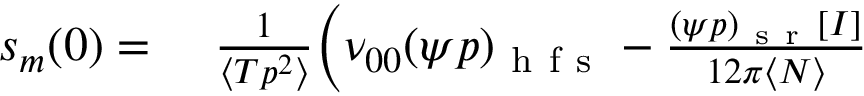
\begin{array} { r l } { s _ { m } ( 0 ) = } & { { } ~ \frac { 1 } { \langle T p ^ { 2 } \rangle } \bigg ( \nu _ { 0 0 } ( \psi p ) _ { \mathrm { ~ h ~ f ~ s ~ } } - \frac { ( \psi p ) _ { \mathrm { ~ s ~ r ~ } } [ I ] } { 1 2 \pi \langle N \rangle } } \end{array}